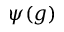
\psi ( g )